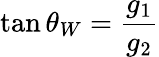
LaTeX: \tan\theta_{W}={\frac{g_{1}}{g_{2}}}